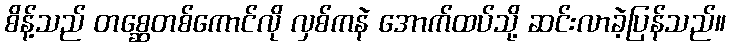
စိန့်သည် တစ္ဆေတစ်ကောင်လို လှစ်ကနဲ အောက်ထပ်သို့ ဆင်းလာခဲ့ပြန်သည်။